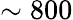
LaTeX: \sim 800